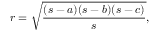
r = { \sqrt { \frac { ( s - a ) ( s - b ) ( s - c ) } { s } } } ,